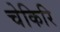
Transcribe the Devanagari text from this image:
चेकिरि